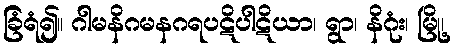
ခြံရံ၍။ ဂါမနိဂမနဂရပဋိပါဋိယာ၊ ရွာ၊ နိဂုံး၊ မြို့၊